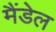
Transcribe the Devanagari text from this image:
मैंडेल